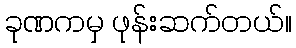
ခုဏကမှ ဖုန်းဆက်တယ်။